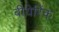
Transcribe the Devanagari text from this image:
बीयेरिंक